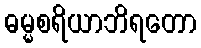
ဓမ္မစရိယာဘိရတော